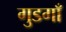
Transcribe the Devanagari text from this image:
गुडगाँ